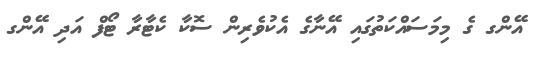
އޭންގ ގެ މިމަސައްކަތުގައި އޭނާގެ އެކުވެރިން ސޮކާ ކެޓާރާ ޓޯފް އަދި އޭންގ